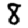
Digit: 8